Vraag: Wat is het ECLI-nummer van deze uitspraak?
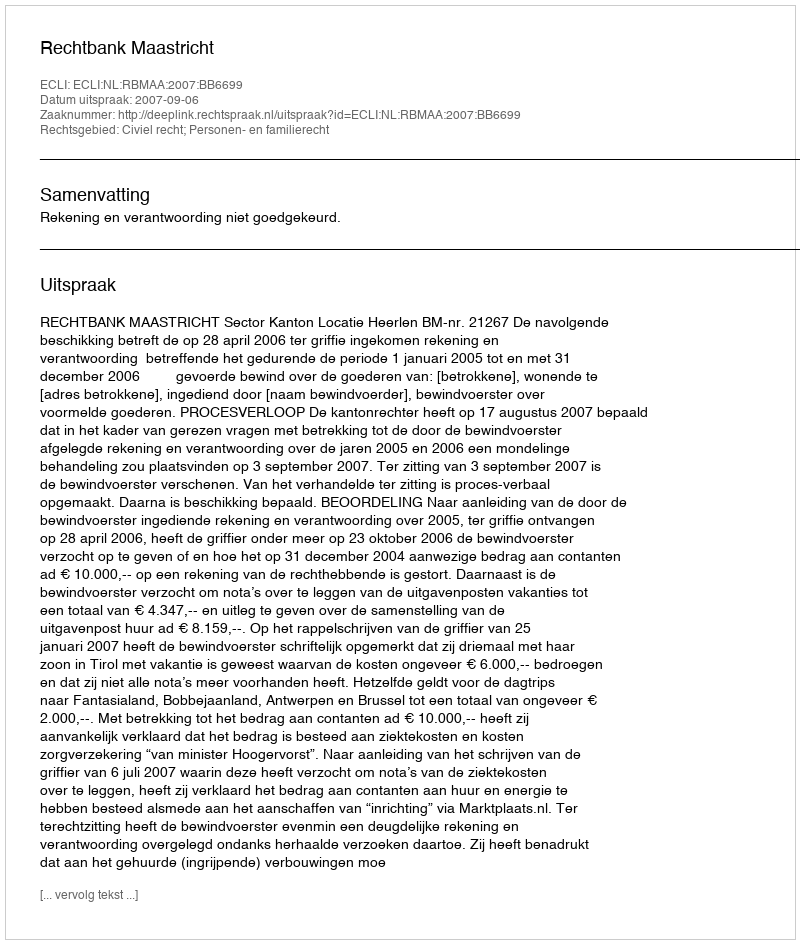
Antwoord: ECLI:NL:RBMAA:2007:BB6699